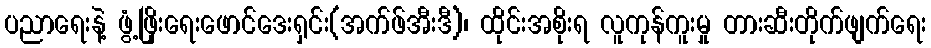
ပညာရေးနဲ့ ဖွံ့ဖြိုးရေးဖောင်ဒေးရှင်း(အက်ဖ်အီးဒီ)၊ ထိုင်းအစိုးရ လူကုန်ကူးမှု တားဆီးတိုက်ဖျက်ရေး